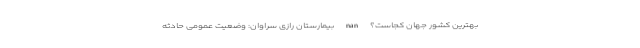
بهترین کشور جهان کجاست؟ nan بیمارستان رازی سراوان: وضعیت عمومی حادثه